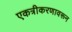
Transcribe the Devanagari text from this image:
एकत्रीकरणावरून